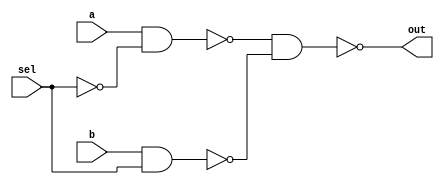
/* mdulo Mux */
/* Leonardo Vecchi Meirelles - 12011ECP002 */

`ifndef _Mux_
`define _Mux_

module Mux(out, a, b, sel);
    input a, b, sel;
    output out;
    wire w1, w2, w3;

    nand nand0(w1, a, w3);
    nand nand1(w2, b, sel);
    nand nand2(out, w1, w2);
    not not0(w3, sel);


    // Descrio de conexes internas do mdulo

endmodule

`endif